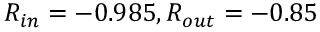
R _ { i n } = - 0 . 9 8 5 , R _ { o u t } = - 0 . 8 5